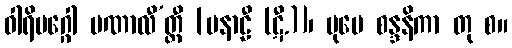
ဝါရိမဂ္ဂေါ ပဏာလီ’တ္ထီ [ပနာဠီ (ဋီ.)]၊ ပုမေ စန္ဒနိကာ တု စ။